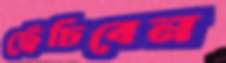
ছেঁচিবেন